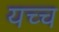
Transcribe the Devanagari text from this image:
यच्च